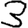
Digit: 3